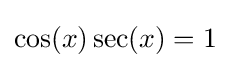
\cos(x)\sec(x)=1